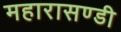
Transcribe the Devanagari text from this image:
महारासण्डी